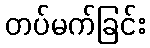
တပ်မက်ခြင်း